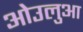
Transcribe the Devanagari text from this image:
ओउलुआ